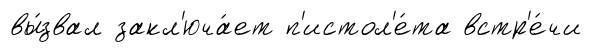
вы́звал закл'юча́ет п'истол'е́та встр'е́чи